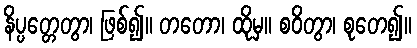
နိပ္ပတ္တေတွာ၊ ဖြစ်၍။ တတော၊ ထိုမှ။ စဝိတွာ၊ စုတေ၍။